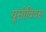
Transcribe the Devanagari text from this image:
यूसीबियस